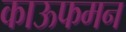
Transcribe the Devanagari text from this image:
काऊफमन